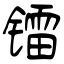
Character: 镭